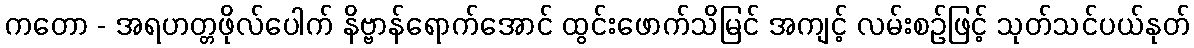
ကတော - အရဟတ္တဖိုလ်ပေါက် နိဗ္ဗာန်ရောက်အောင် ထွင်းဖောက်သိမြင် အကျင့် လမ်းစဉ်ဖြင့် သုတ်သင်ပယ်နုတ်